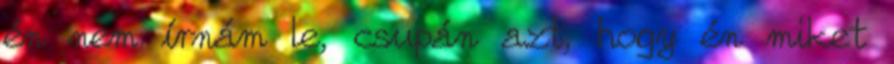
én nem írnám le, csupán azt, hogy én miket